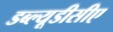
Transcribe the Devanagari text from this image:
डब्ल्यूडीसीए